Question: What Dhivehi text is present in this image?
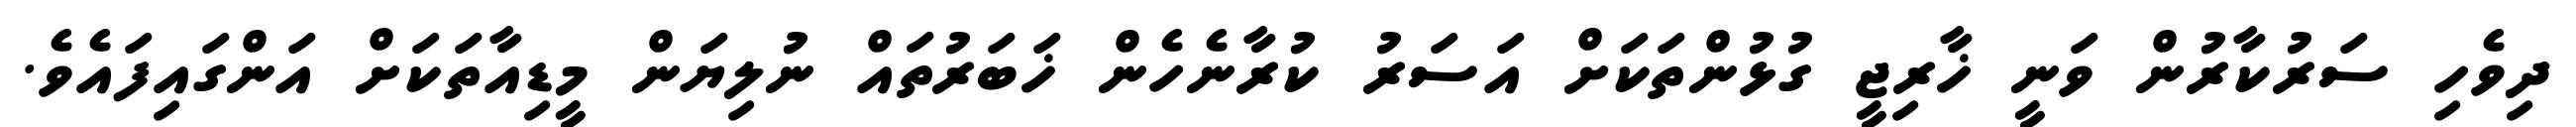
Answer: ދިވެހި ސަރުކާރުން ވަނީ ޚާރިޖީ ގުޅުންތަކަށް އަސަރު ކުރާނެހެން ޚަބަރުތައް ނުލިޔަން މީޑިއާތަކަށް އަންގައިފައެވެ.